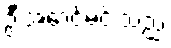
ဦးအောင်မင်းသည်